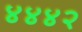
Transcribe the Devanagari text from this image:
४४४२